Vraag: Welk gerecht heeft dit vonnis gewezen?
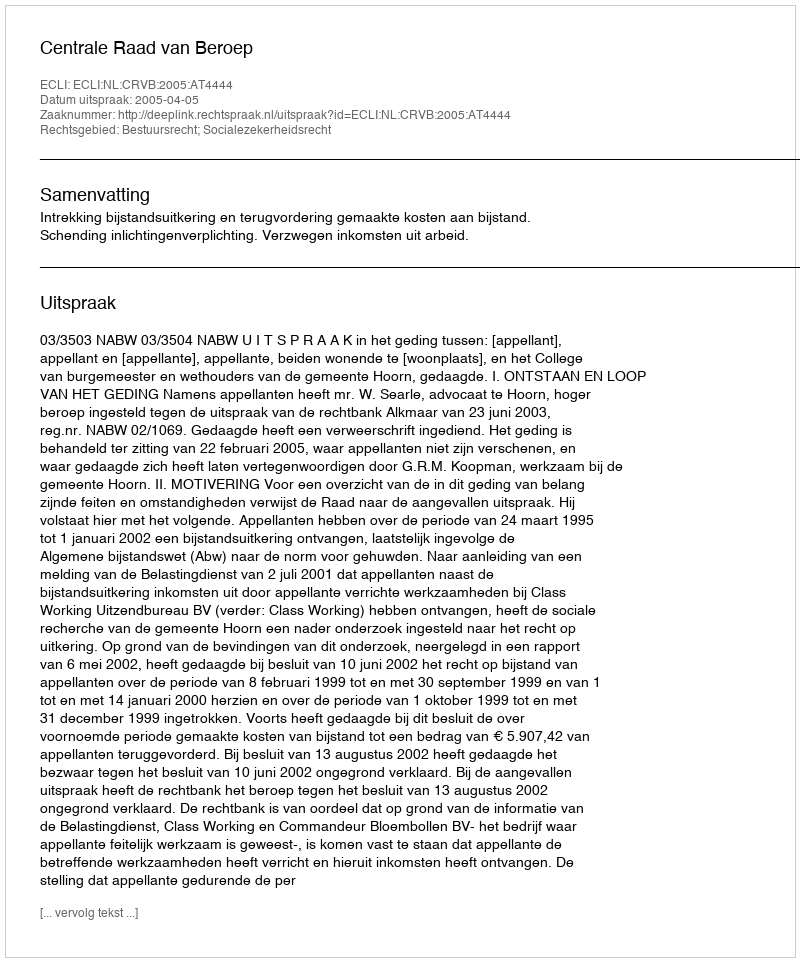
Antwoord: Centrale Raad van Beroep